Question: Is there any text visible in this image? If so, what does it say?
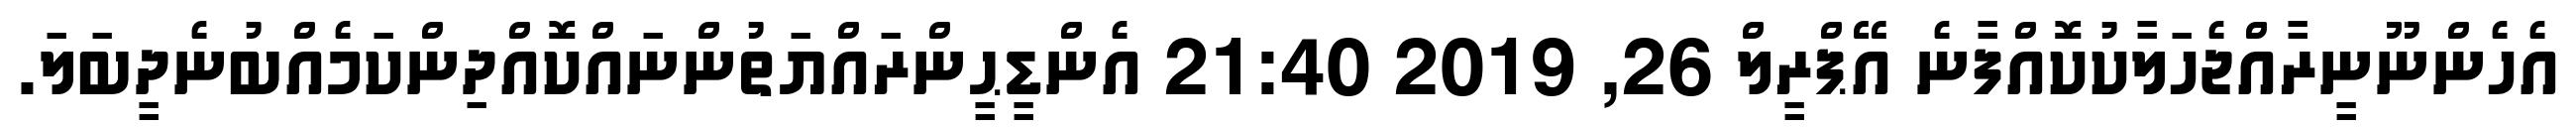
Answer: އެހެންނޫނީރާއްޖެހަލާކުކޮއްފާނެ އޭޕްރީލް 26, 2019 21:40 އެންޑީޙީންރައްޔަތުންނައްކޮއްދިންކަމެއްބުނެދީބަލަ.